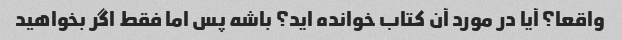
واقعا؟ آیا در مورد آن کتاب خوانده اید؟ باشه پس اما فقط اگر بخواهید